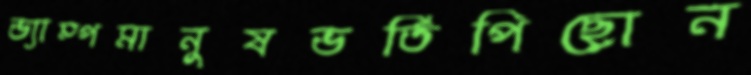
ভ্যাম্পমানুষভর্তিপিছোন